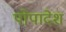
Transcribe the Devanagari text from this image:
पोपादेश